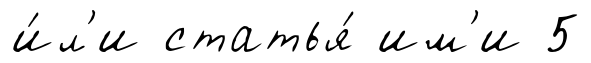
и́л'и статья́ им'и 5